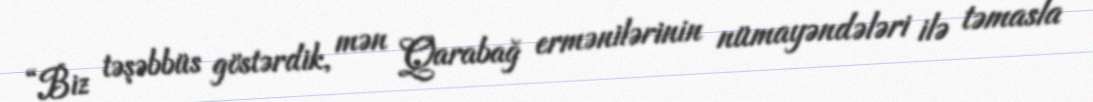
“Biz təşəbbüs göstərdik, mən Qarabağ ermənilərinin nümayəndələri ilə təmasla